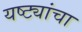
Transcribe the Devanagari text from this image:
यष्ट्यांचा